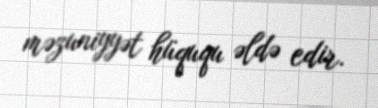
məzuniyyət hüququ əldə edir.